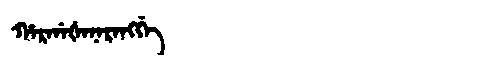
Manchu: ᡥᠠᡵᡤᠠᡧᠠᠨᠠᡵᠠᠩᡤᡝ
Romanization: HARGAŠANARANGGE